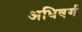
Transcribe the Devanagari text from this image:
अधिवर्ग